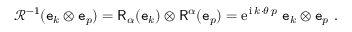
\begin{array} { r } { { \mathcal R } ^ { - 1 } ( \mathtt { e } _ { k } \otimes \mathtt { e } _ { p } ) = \mathsf { R } _ { \alpha } ( \mathtt { e } _ { k } ) \otimes \mathsf { R } ^ { \alpha } ( \mathtt { e } _ { p } ) = { \mathrm { e } } ^ { \, { \mathrm { i } } \, k \cdot \theta \, p } \ \mathtt { e } _ { k } \otimes \mathtt { e } _ { p } \ . } \end{array}